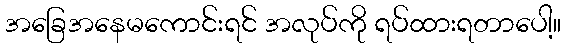
အခြေအနေမကောင်းရင် အလုပ်ကို ရပ်ထားရတာပေါ့။